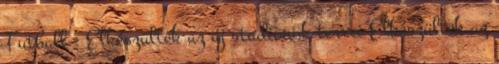
Futball - Elkészültek az új stadionok tervei Elkészültek az